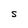
Character: S